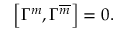
\left[ \Gamma ^ { m } , \Gamma ^ { \overline { { { m } } } } \right] = 0 \mathrm { . }